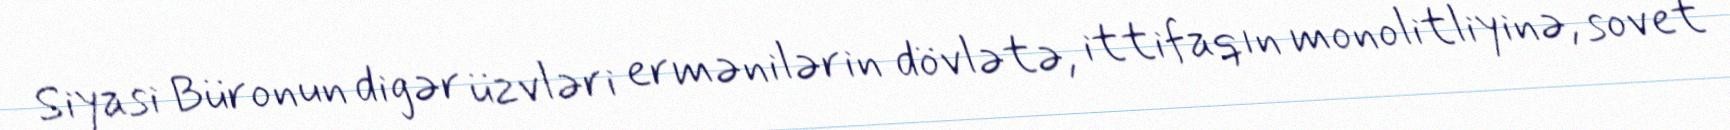
Siyasi Büronun digər üzvləri ermənilərin dövlətə, ittifaqın monolitliyinə, sovet